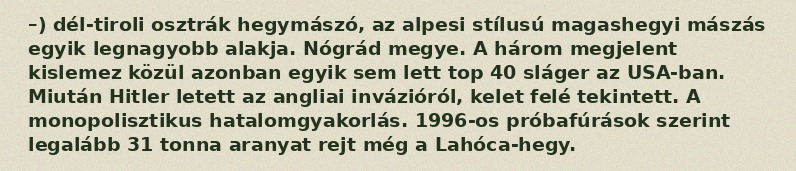
–) dél-tiroli osztrák hegymászó, az alpesi stílusú magashegyi mászás egyik legnagyobb alakja. Nógrád megye. A három megjelent kislemez közül azonban egyik sem lett top 40 sláger az USA-ban. Miután Hitler letett az angliai invázióról, kelet felé tekintett. A monopolisztikus hatalomgyakorlás. 1996-os próbafúrások szerint legalább 31 tonna aranyat rejt még a Lahóca-hegy.